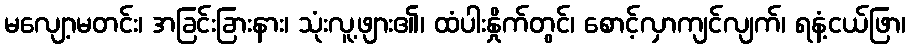
မလျော့မတင်း၊ အခြင်းခြားနား၊ သုံးလူ့ဖျား၏၊ ထံပါးနှိုက်တွင်၊ စောင့်လှာကျင်လျက်၊ ရနံ့ငယ်ဖြာ၊